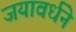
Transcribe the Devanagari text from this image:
जयावर्धने